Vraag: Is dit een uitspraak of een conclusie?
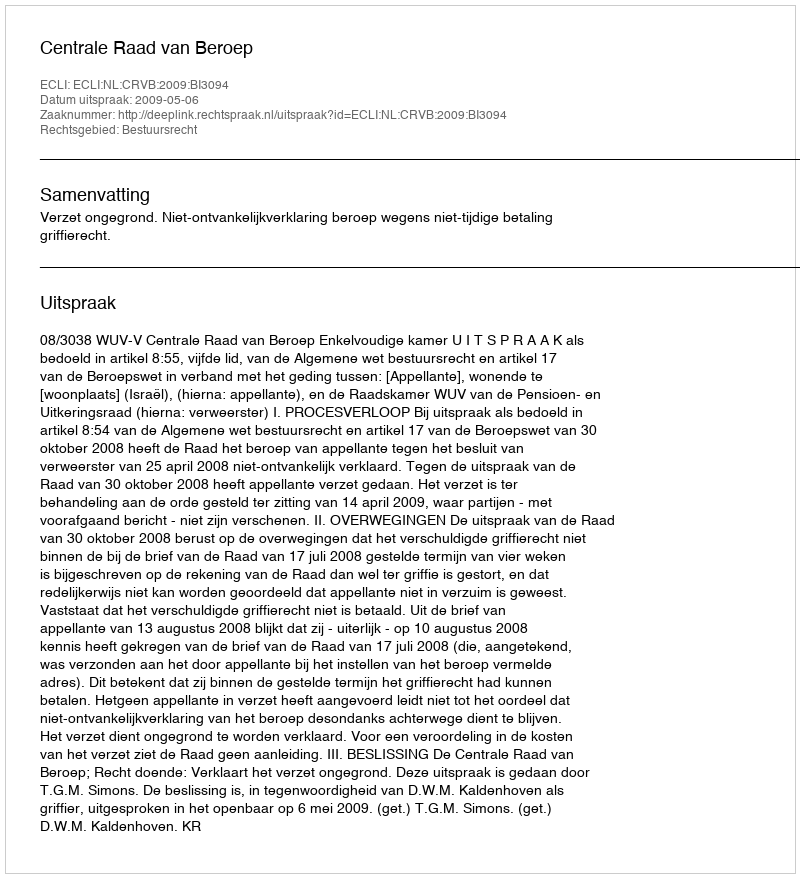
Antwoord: Uitspraak